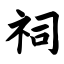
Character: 祠